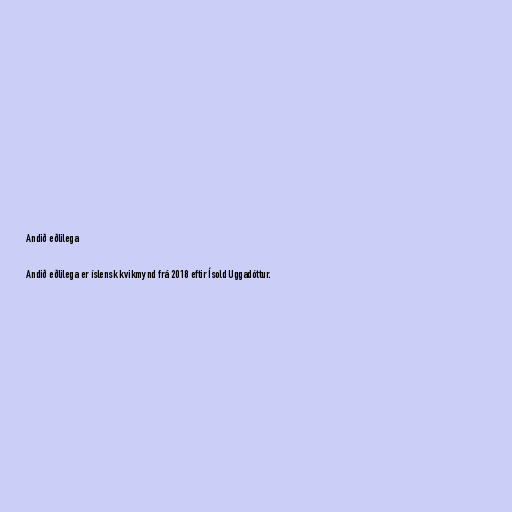
Andið eðlilega

Andið eðlilega er íslensk kvikmynd frá 2018 eftir Ísold Uggadóttur.